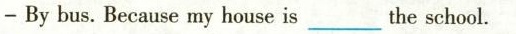
——By bus. Because my house is___the school.